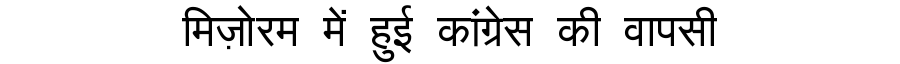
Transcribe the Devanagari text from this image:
मिज़ोरम में हुई कांग्रेस की वापसी